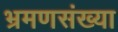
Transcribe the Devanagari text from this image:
भ्रमणसंख्या